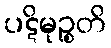
ပဋိမုဉ္စတိ